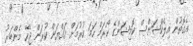
އެގޮތުން އިލެކްޝަންސް ކޮމިޝަންގެ ކޯރަމް ހަމަ ކުރުމަށް އައްޔަން ކުރަން ޖެހޭ މެންބަރު